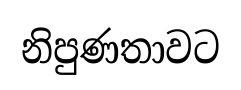
නිපුණතාවට